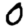
Digit: 0